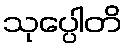
သုပ္ပေါတိ